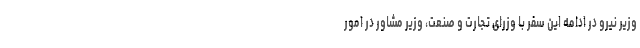
وزیر نیرو در ادامه این سفر با وزرای تجارت و صنعت، وزیر مشاور در امور